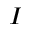
I